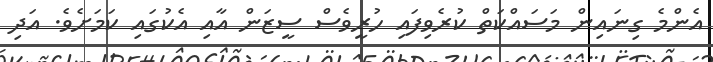
އެންމެ ގިނައިން މަސައްކަތް ކުރެވިފައި ހުރީވެސް ސީޒަން އާއި އެކުގައި ކަމަށެވެ. އަދި